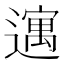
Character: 𫑈